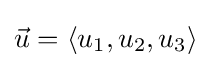
{\vec {u}}=\langle u_{1},u_{2},u_{3}\rangle